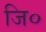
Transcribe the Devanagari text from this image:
जि०